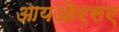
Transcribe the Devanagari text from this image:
आयओएसए